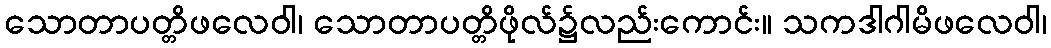
သောတာပတ္တိဖလေဝါ၊ သောတာပတ္တိဖိုလ်၌လည်းကောင်း။ သကဒါဂါမိဖလေဝါ၊